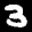
Label: 3